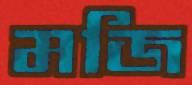
মজি